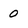
Character: 0